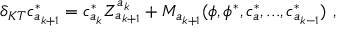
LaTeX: \delta _ { K T } c _ { a _ { k + 1 } } ^ { * } = c _ { a _ { k } } ^ { * } Z _ { a _ { k + 1 } } ^ { a _ { k } } + M _ { a _ { k + 1 } } ( \phi , \phi ^ { * } , c _ { a } ^ { * } , . . . , c _ { a _ { k - 1 } } ^ { * } ) \ ,